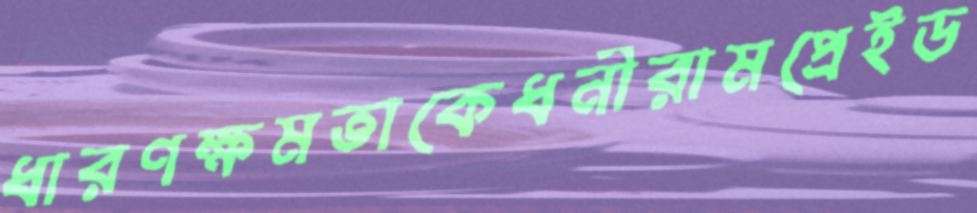
ধারণক্ষমতাকেধনীরামপ্রেইড